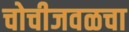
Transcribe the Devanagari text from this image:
चोचीजवळचा